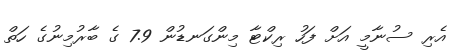
އެރި ސުނާމީ އަށް ފަހު ރިކްޓާ މިންގަނޑުން 7.9 ގެ ބާރުމިނުގެ ހަތް